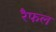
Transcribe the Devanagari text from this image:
रैफल